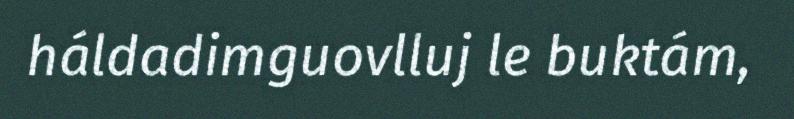
háldadimguovlluj le buktám,